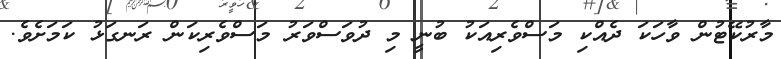
މާރުކޭޓުން ވާހަކަ ދެއްކި މަސްވެރިއަކު ބުނީ މި ދުވަސްވަރު މަސްވެރިކަން ރަނގަޅު ކަމަށެވެ.